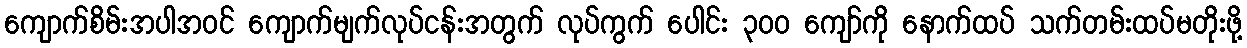
ကျောက်စိမ်းအပါအဝင် ကျောက်မျက်လုပ်ငန်းအတွက် လုပ်ကွက် ပေါင်း ၃၀၀ ကျော်ကို နောက်ထပ် သက်တမ်းထပ်မတိုးဖို့